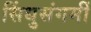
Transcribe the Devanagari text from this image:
सिंधुसंगमीं